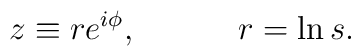
z \equiv re^{i\phi}, \hspace{0.5in} r = \ln s.